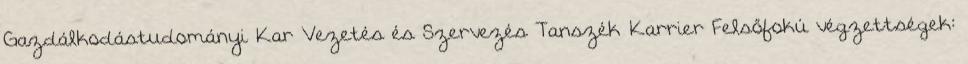
Gazdálkodástudományi Kar Vezetés és Szervezés Tanszék Karrier Felsőfokú végzettségek: